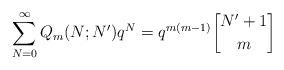
LaTeX: \begin{align*}\sum_{N=0}^{\infty}Q_m(N;N')q^N=q^{m(m-1)}{N'+1\atopwithdelims[] m}\end{align*}